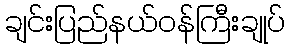
ချင်းပြည်နယ်ဝန်ကြီးချုပ်